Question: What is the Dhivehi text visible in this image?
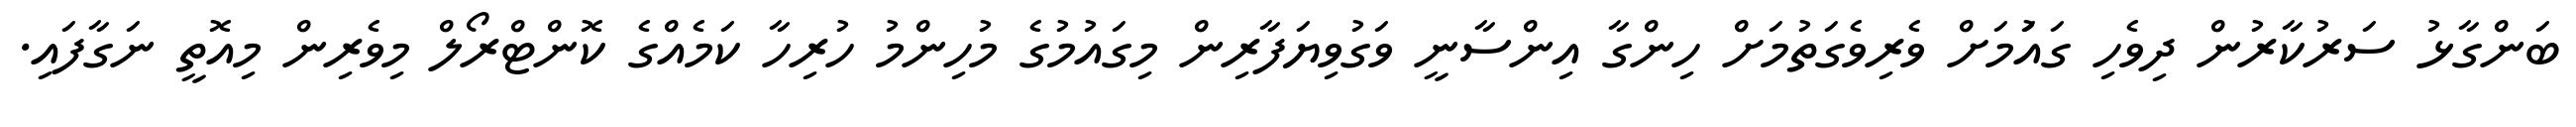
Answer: ބަންގާޅު ސަރުކާރުން ދިވެހި ގައުަމަށް ވެރިވެގަތުމަށް ހިންގާ އިންސާނީ ވަގުވިޔަފާރިން މިގައުމުގެ މުހިންމު ހުރިހާ ކަމެއްގެ ކޮންޓްރޯލް މިވެރިން މިއޮތީ ނަގާފައި.